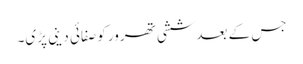
جس کے بعدششی تھرور کوصفائی دینی پڑی۔